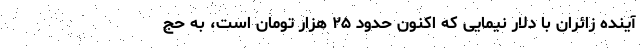
آینده زائران با دلار نیمایی که اکنون حدود ۲۵ هزار تومان است، به حج